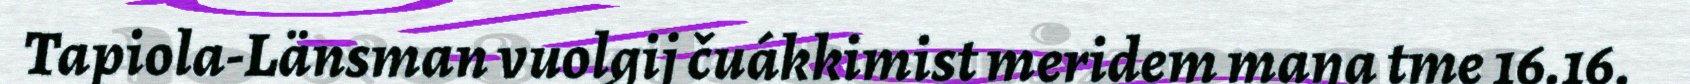
Tapiola-Länsman vuolgij čuákkimist meridem maŋa tme 16.16.